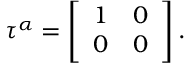
\tau ^ { \alpha } = \left[ \begin{array} { c c } { { 1 } } & { { 0 } } \\ { { 0 } } & { { 0 } } \end{array} \right] .